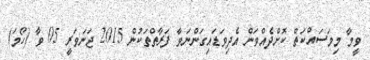
ވީމާ މިމަސައްކަތް ކޮށްދެއްވަން އެދިވަޑައިގަންނަވާ ފަރާތްތަކުން 2015 ޖަނަވަރީ 05 ވާ (ހޯމަ)